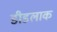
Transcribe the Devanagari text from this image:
डीडलाक